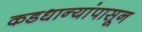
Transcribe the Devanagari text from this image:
कडधान्यांपासून